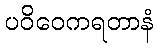
ပဝိဝေကရတာနံ